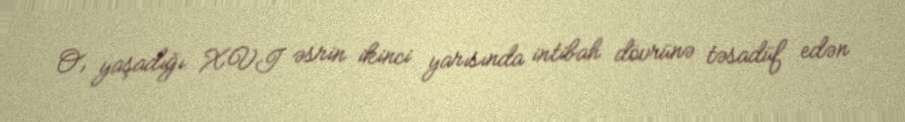
O, yaşadığı XVI əsrin ikinci yarısında intibah dövrünə təsadüf edən